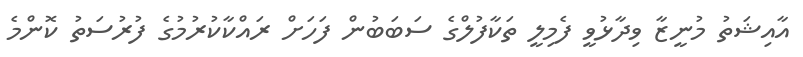
އާއިޝަތު މުނީޒާ ވިދާޅުވީ ފެމިލީ ތަކާފުލްގެ ސަބަބުން ފަހަށް ރައްކާކުރުމުގެ ފުރުސަތު ކޮންމެ